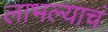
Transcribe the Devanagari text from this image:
लाभल्याचं